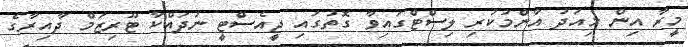
މީރާ އިން މިއަދު އާންމުކުރި ލިސްޓްގައިވާ ގޮތުގައި ޖީއެސްޓީ ނުދައްކާ ޓޫރިޒަމް ދާއިރާގެ